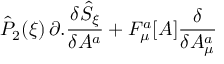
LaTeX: { \hat { P } } _ { 2 } ( \xi ) \, \partial . \frac { \delta { \hat { S } } _ { \xi } } { \delta A ^ { a } } + F _ { \mu } ^ { a } [ A ] \frac { \delta } { \delta A _ { \mu } ^ { a } }